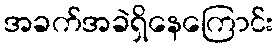
အခက်အခဲရှိနေကြောင်း